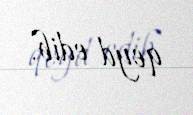
qeyd edib.